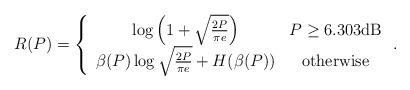
LaTeX: \begin{align*} R(P)=\left\{\begin{array}{cc} \log\left(1+\sqrt{\frac{2P}{\pi e}}\right) & P\geq 6.303\mbox{dB}\\ \beta(P)\log\sqrt{\frac{2P}{\pi e}}+H(\beta(P)) & \mbox{otherwise} \end{array}\right..\end{align*}